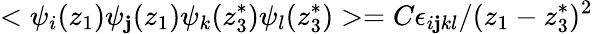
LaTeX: <\psi_{i}(z_{1})\psi_{\mathbf{j}}(z_{1})\psi_{k}(z_{3}^{*})\psi_{l}(z_{3}^{*})>=C\epsilon_{i\mathbf{j}kl}/(z_{1}-z_{3}^{*})^{2}